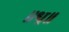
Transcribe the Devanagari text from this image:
॥धृ॥